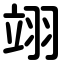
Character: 翊